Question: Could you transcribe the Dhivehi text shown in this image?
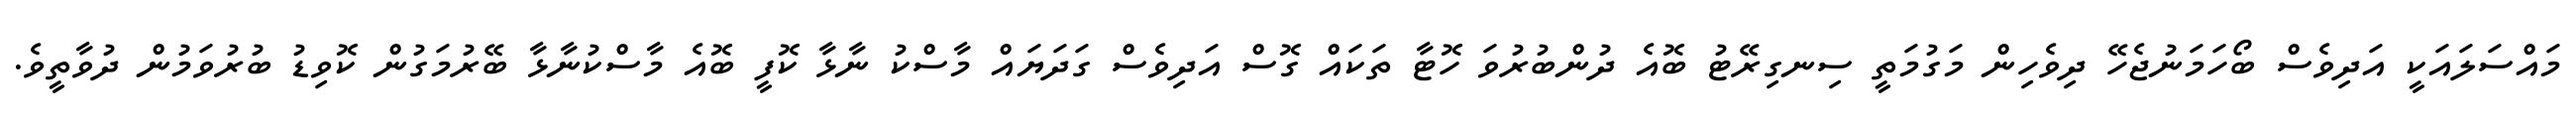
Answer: މައްސަލައަކީ އަދިވެސް ބޯހަމަނުޖެހޭ ދިވެހިން މަގުމަތީ ސިނގިރޭޓު ބޮއެ ދުންބުރުވަ ހޮޓާ ތަކައް ގޮސް އަދިވެސް ގަދަޔައް މާސްކު ނާޅާ ކޮފީ ބޮއެ މާސްކުނާޅާ ބޭރުމަގުން ކޮވިޑު ބުރުވަމުން ދުވާތީވެ.